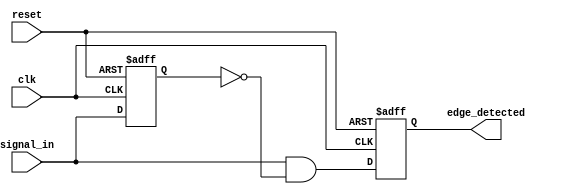
module rising_edge_detector (
    input wire clk,           // Clock input
    input wire reset,         // Reset input
    input wire signal_in,     // Input signal to be monitored
    output reg edge_detected   // Output signal indicating rising edge detection
);

    reg previous_signal;      // To store the previous state of the input signal

    // Always block triggered on the rising edge of the clock
    always @(posedge clk or posedge reset) begin
        if (reset) begin
            previous_signal <= 0; // Reset previous signal state
            edge_detected <= 0;   // Reset edge detected output
        end else begin
            // Edge detection logic
            edge_detected <= (signal_in & ~previous_signal); // Detect rising edge
            previous_signal <= signal_in;                   // Update previous signal state
        end
    end

endmodule